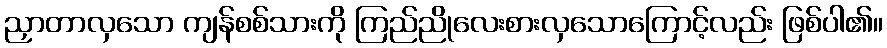
ညှာတာလှသော ကျန်စစ်သားကို ကြည်ညိုလေးစားလှသောကြောင့်လည်း ဖြစ်ပါ၏။